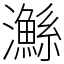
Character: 𤄏